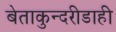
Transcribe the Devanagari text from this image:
बेताकुन्दरीडाही